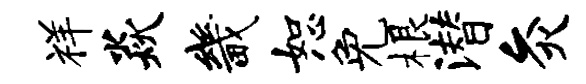
祥焱畿恕免根潜灸